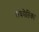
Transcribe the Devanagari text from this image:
संकीतिका